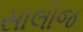
સાલોજ